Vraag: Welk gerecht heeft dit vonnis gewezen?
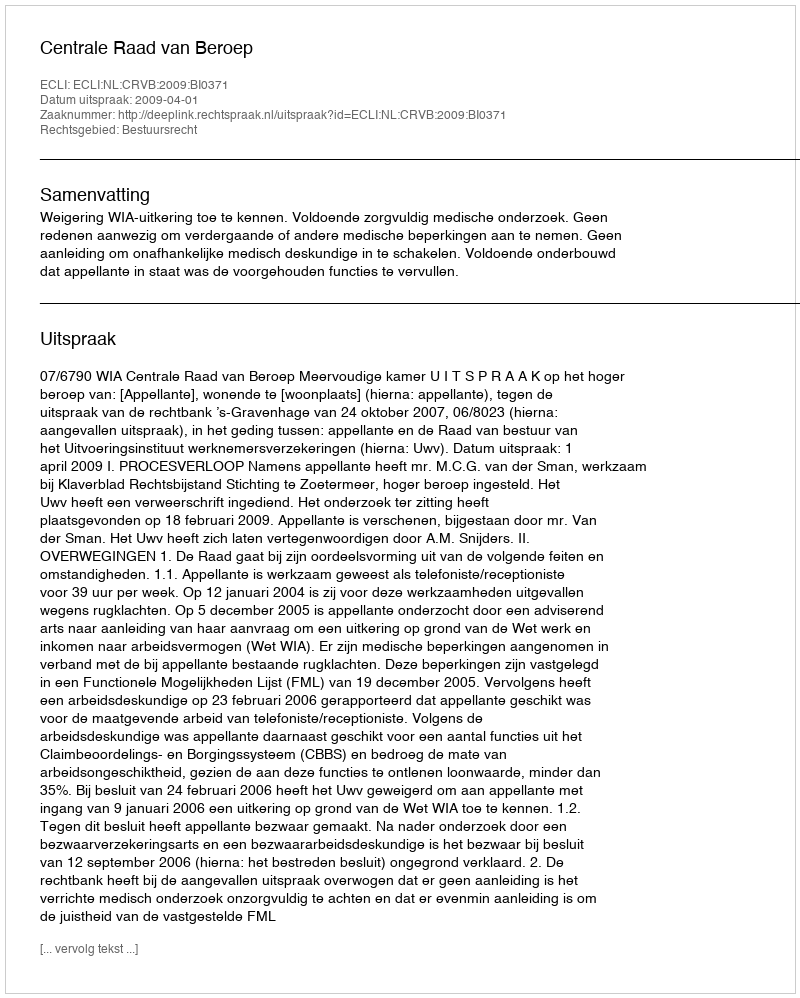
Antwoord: Centrale Raad van Beroep